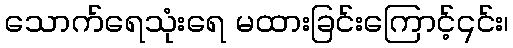
သောက်ရေသုံးရေ မထားခြင်းကြောင့်၎င်း၊